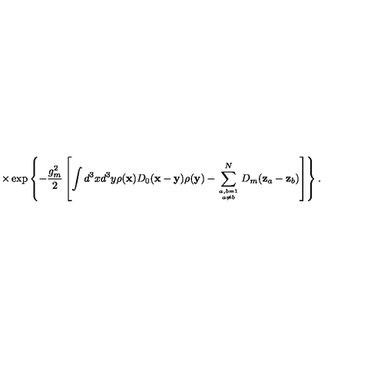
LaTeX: \times \exp \left\{ - \frac { g _ { m } ^ { 2 } } { 2 } \left[ \int d ^ { 3 } x d ^ { 3 } y \rho ( { \bf x } ) D _ { 0 } ( { \bf x } - { \bf y } ) \rho ( { \bf y } ) - \sum _ { { a , b = 1 \atop a \ne b } } ^ { N } D _ { m } ( { \bf z } _ { a } - { \bf z } _ { b } ) \right] \right\} .